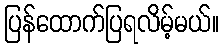
ပြန်ထောက်ပြရလိမ့်မယ်။